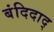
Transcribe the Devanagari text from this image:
बंदिदाद्